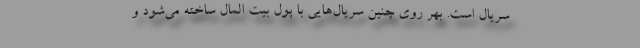
سریال است. بهر روی چنین سریال‌هایی با پول بیت المال ساخته می‌شود و